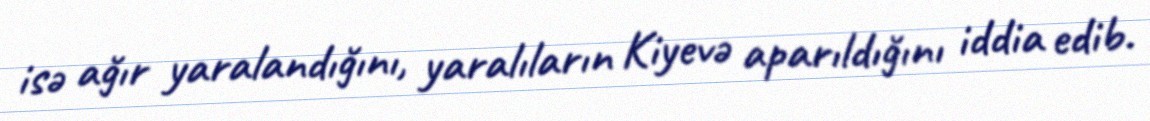
isə ağır yaralandığını, yaralıların Kiyevə aparıldığını iddia edib.